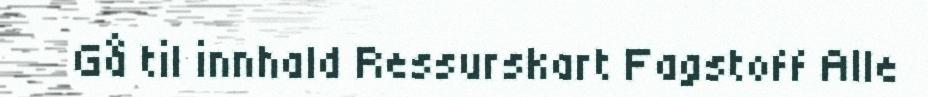
Gå til innhald Ressurskart Fagstoff Alle